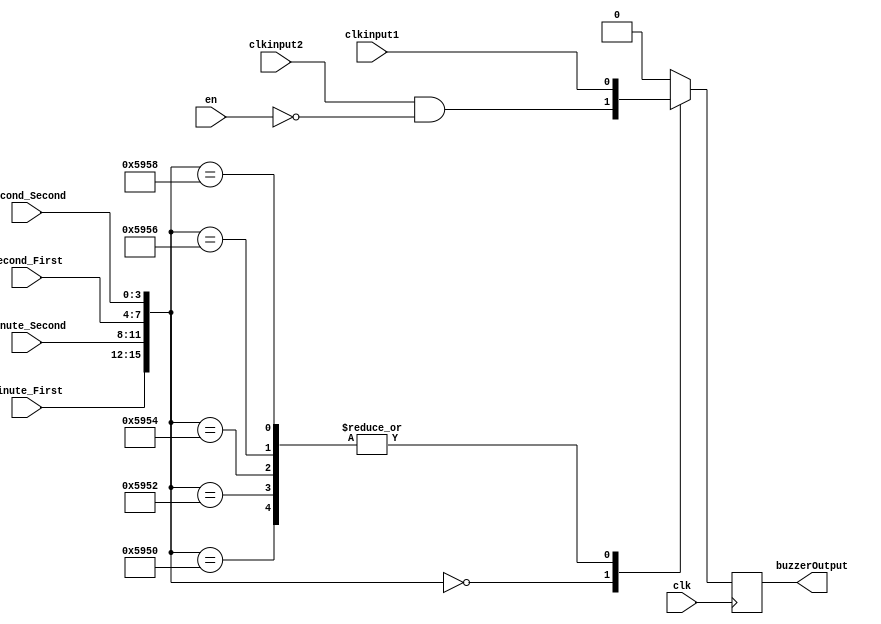
`timescale 1ns / 1ps
module Buzzer(
input clk,
input en,
input clkinput1,
//512
input clkinput2,
//1024
input [3:0] Minute_First,
input [3:0] Minute_Second,
input [3:0] Second_First,
input [3:0] Second_Second,
output reg buzzerOutput
    );
//    always @(Minute_First,Minute_Second,Second_First,Second_Second)
//    begin
//    case ({Minute_First,Minute_Second,Second_First,Second_Second})
//            16'b0000000000000000 : 
//            begin
//                buzzerOutput = clkinput2 & ~en;
//            end
//            16'b0101100101010000 :buzzerOutput = clkinput1;
//            16'b0101100101010010 :buzzerOutput = clkinput1;
//            16'b0101100101010100 :buzzerOutput = clkinput1;
//            16'b0101100101010110 :buzzerOutput = clkinput1;
//            16'b0101100101011000 :buzzerOutput = clkinput1;
//            default :            buzzerOutput = 0;             
//     endcase
//     end


     always @(posedge clk)
         begin
         case ({Minute_First,Minute_Second,Second_First,Second_Second})
                 16'b0000000000000000 : 
                begin
                                 buzzerOutput = clkinput2 & ~en;
                             end
                             16'b0101100101010000 :buzzerOutput = clkinput1;
                             16'b0101100101010010 :buzzerOutput = clkinput1;
                             16'b0101100101010100 :buzzerOutput = clkinput1;
                             16'b0101100101010110 :buzzerOutput = clkinput1;
                             16'b0101100101011000 :buzzerOutput = clkinput1;
                             default :            buzzerOutput = 0;           
          endcase
          end
endmodule